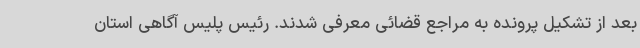
بعد از تشکیل پرونده به مراجع قضائی معرفی شدند. رئیس پلیس آگاهی استان